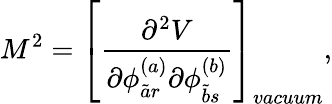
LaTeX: M^{2}=\left[\frac{\partial^{2}V}{\partial\phi_{\tilde{a}r}^{(a)}\partial\phi_{\tilde{b}s}^{(b)}}\right]_{vacuum},